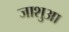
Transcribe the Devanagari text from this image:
जाशुआ